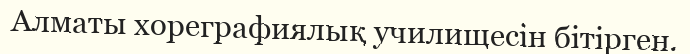
Алматы хореграфиялық училищесін бітірген.